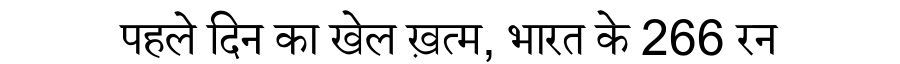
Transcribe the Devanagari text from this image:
पहले दिन का खेल ख़त्म, भारत के 266 रन